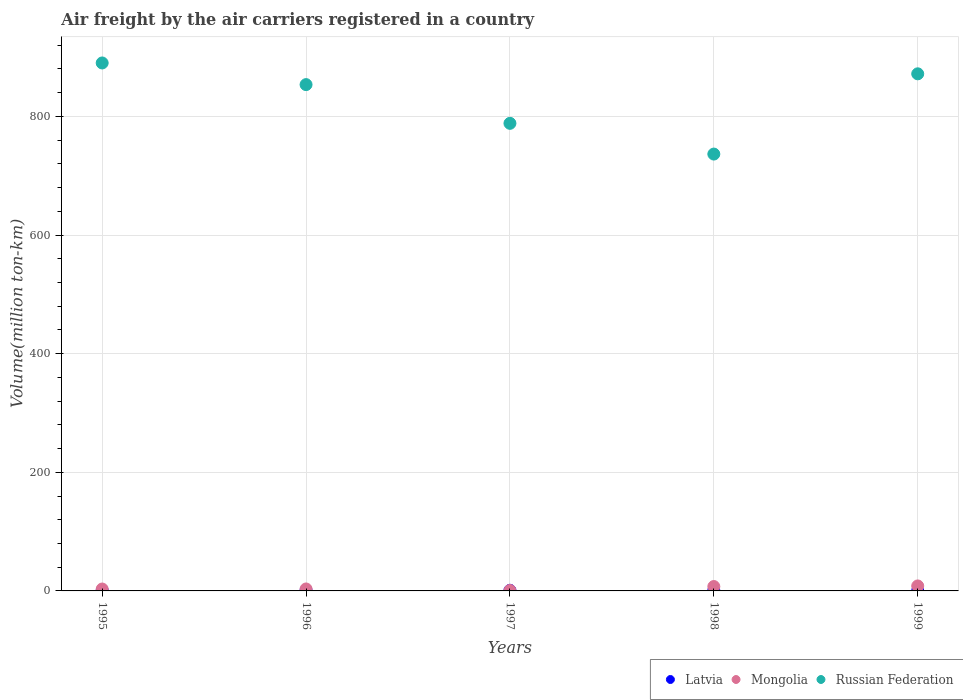
| Years | Latvia | Mongolia | Russian Federation |
 | --- | --- | --- | --- |
 | 1995 | 1 | 3.2 | 890 |
 | 1996 | 1.1 | 3.3 | 854 |
 | 1997 | 1.1 | 0.8 | 788 |
 | 1998 | 0.9 | 7.4 | 736 |
 | 1999 | 0.4 | 8.4 | 872 |